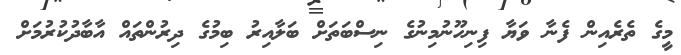
މީގެ ތެރެއިން ފެނާ ވަޔާ ފިނިހޫނުމިނުގެ ނިސްބަތަށް ބަލާއިރު ބިމުގެ ދިރުންތައް އާބާދުކުރުމަށް